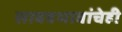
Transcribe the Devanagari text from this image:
सावत्रभावांचेही